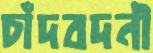
চাঁদবদনী